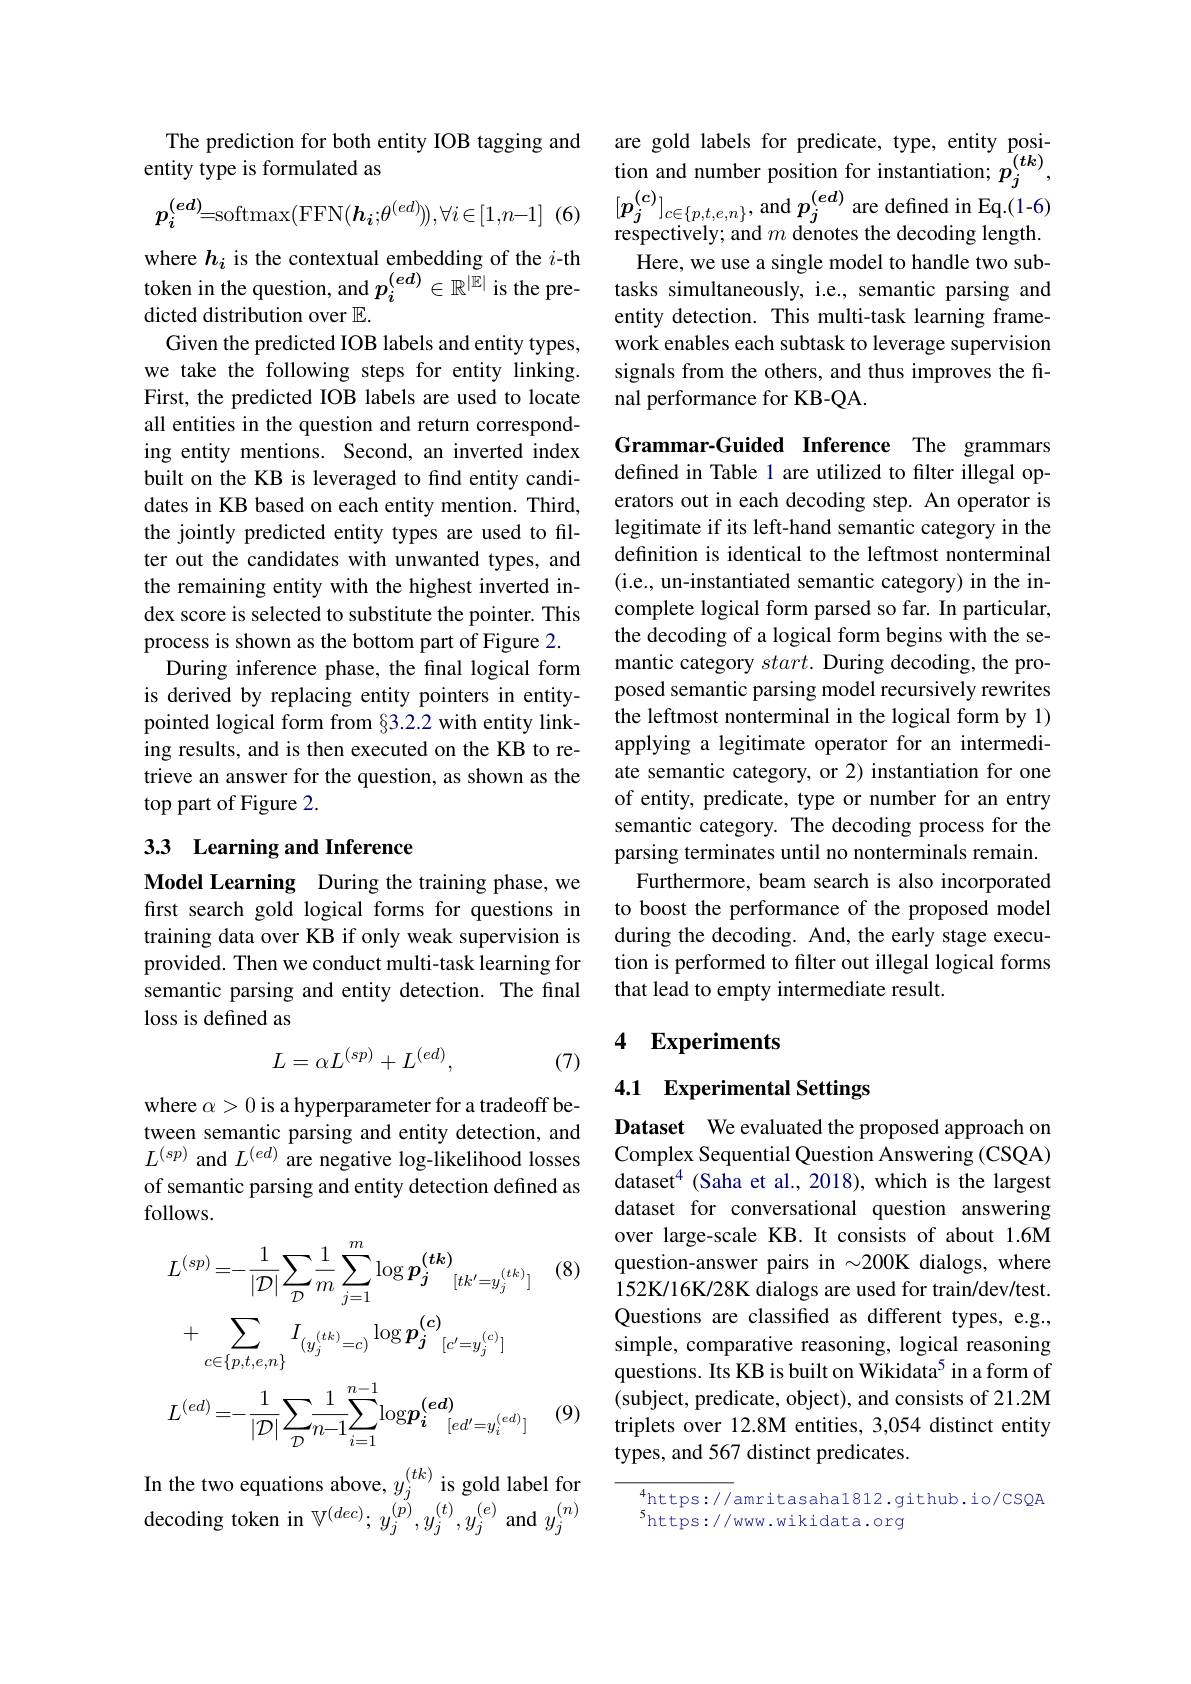
The prediction for both entity IOB tagging and
entity type is formulatedas
$$p_i^{(e\boldsymbol{d})}=\mathrm{softmax}(\mathrm{FFN}(\boldsymbol{h_i};\theta^{(ed)})),\forall i\in[1,n-1]$$
(6

where $h_i$ is the contextual embedding of the $i$-th
dicted distribution over $\mathbb{E}.$
Given the predicted IOB labels and entity types, we take the following steps for entity linking. First, the predicted IOB labels are used to locate all entities in the question and return corresponding entity mentions. Second, an inverted index built on the KB is leveraged to find entity candidates in KB based on each entity mention. Third, the jointly predicted entity types are used to filter out the candidates with unwanted types, and the remaining entity with the highest inverted index score is selected to substitute the pointer. This process is shown as the bottom part of Figure 2.
During inference phase, the final logical form is derived by replacing entity pointers in entitypointed logical form from §3.2.2 with entity linking results, and is then executed on the KB to retrieve an answer for the question, as shown as the top part of Figure 2.

## 33 Learning and Inference

Model Learning During the training phase, we first search gold logical forms for questions in training data over KB if only weak supervision is provided. Then we conduct multi-task learning for semantic parsing and entity detection. The final loss is defined as
$$L=\alpha L^{(sp)}+L^{(ed)},$$
(7)

where $\alpha>0$ is a hyperparameter for a tradeoff between semantic parsing and entity detection, and $L^{(sp)}$ and $L^(ed)$ are negative log-likelihood losses of semantic parsing and entity detection defined as follows.

(8)
$$L^{(sp)}=-\frac{1}{|\mathcal{D}|}\sum_{\mathcal{D}}\frac{1}{m}\sum_{j=1}^{m}\log p_{j}^{(tk)}_{[tk^{\prime}=y_{j}^{(tk)}]}\\+\sum_{c\in\{p,t,e,n\}}I_{(y_{j}^{(tk)}=c)}\log p_{j}^{(c)}_{[c^{\prime}=y_{j}^{(c)}]}\\L^{(ed)}=-\frac{1}{|\mathcal{D}|}\sum_{\mathcal{D}}\frac{1}{n-1}\sum_{i=1}^{n-1}\mathrm{log}p_{i}^{(ed)}_{[ed^{\prime}=y_{i}^{(ed)}]}$$
(9)

n the two equations above, $y_j^{(tk)}$ is gold label for decoding token in $\mathbb{V}^{(dec)};y_{j}^{(\tilde{p})},y_{j}^{(t)},y_{j}^{(e)}$and$y_{j}^{(n)}$

are gold labels for predicate, type, entity position and number position for instantiation; $p_j^{(tk)}$, $[p_{j}^{(c)}]_{c\in\{p,t,e,n\}}$, and $p_j^{(\boldsymbol{e}d)}$ are defined in Eq.(1-6) respectively; and $m$ denotes the decoding length. Here, we use a single model to handle two sub-
token in the question, and $p_i^{(ed)}\in\mathbb{R}^{|\mathbb{E}|}$ is the pre- tasks simultaneously, i.e, semantic parsing and
entity detection. This multi-task learning framework enables each subtask to leverage supervision signals from the others, and thus improves the final performance for KB-QA.

Grammar-Guided Inference The grammars defined in Table 1 are utilized to filter illegal operators out in each decoding step. An operator is legitimate if its left-hand semantic category in the definition is identical to the leftmost nonterminal (i.e., un-instantiated semantic category) in the incomplete logical form parsed so far. In particular, the decoding of a logical form begins with the semantic category $start.$ During decoding, the proposed semantic parsing model recursively rewrites the leftmost nonterminal in the logical form by 1) applying a legitimate operator for an intermediate semantic category, or 2) instantiation for one of entity, predicate, type or number for an entry semantic category. The decoding process for the parsing terminates until no nonterminals remain. Furthermore, beam search is also incorporated
to boost the performance of the proposed model during the decoding. And, the early stage execution is performed to filter out illegal logical forms that lead to empty intermediate result.

### 4 Experiments

# 4.1 Experimental Settings

Dataset We evaluated the proposed approach on Complex Sequential Question Answering (CSQA) dataset$^{4}$ (Saha et al.,2018),which is the largest dataset for conversational question answering over large-scale KB. It consists of about 1.6M question-answer pairs in $\sim200$K dialogs, where 152K/16K/28K dialogs are used for train/dev/test. Questions are classified as different types, e.g. simple, comparative reasoning, logical reasoning questions. Its KB is built on Wikidata$^5$ in a form of (subject, predicate, object), and consists of 21.2M triplets over 12.8M entities, 3,054 distinct entity types, and 567 distinct predicates.

$^{4}$https://amritasaha1812.github.io/CSQA
$^{5}$https://www.wikidata.org